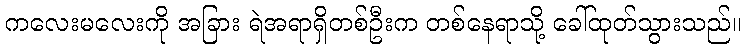
ကလေးမလေးကို အခြား ရဲအရာရှိတစ်ဦးက တစ်နေရာသို့ ခေါ်ထုတ်သွားသည်။